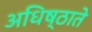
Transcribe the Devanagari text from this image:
अधिष्ठाते